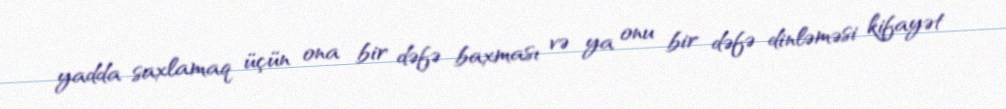
yadda saxlamaq üçün ona bir dəfə baxması və ya onu bir dəfə dinləməsi kifayət